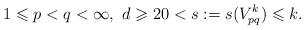
LaTeX: \begin{align*} 1\leqslant p<q<\infty,\,\, d\geqslant2 0<s:=s(V_{pq}^k)\leqslant k.\end{align*}